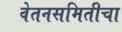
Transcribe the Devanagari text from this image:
वेतनसमितीचा